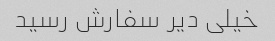
خیلی دیر سفارش رسید